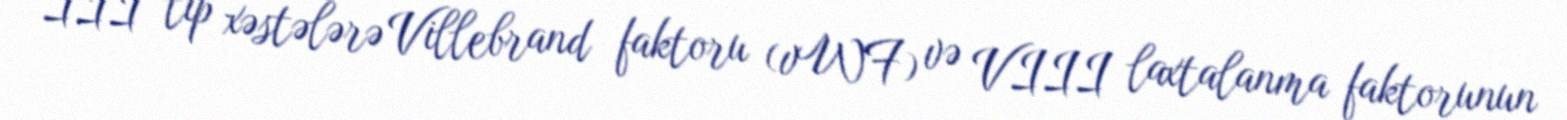
III tip xəstələrə Villebrand faktoru (vWF) və VIII laxtalanma faktorunun